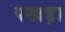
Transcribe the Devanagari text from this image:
पखड़ा